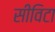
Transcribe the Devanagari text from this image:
सीविटा